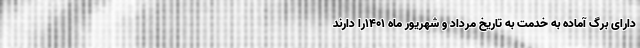
دارای برگ آماده به خدمت به تاریخ مرداد و شهریور ماه ۱۴۰۱را دارند